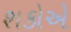
શકોએ